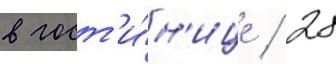
в гост'и́н'ице / 28